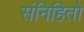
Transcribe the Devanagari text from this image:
संनिहितो